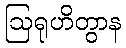
ဩရုဟိတွာန